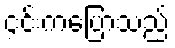
၄င်းကပြောသည်